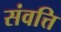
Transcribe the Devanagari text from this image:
संवत्ति